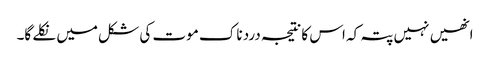
انھیں نہیں پتہ کہ اس کا نتیجہ درد ناک موت کی شکل میں نکلے گا۔